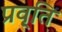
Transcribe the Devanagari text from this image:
प्रवृ्ति